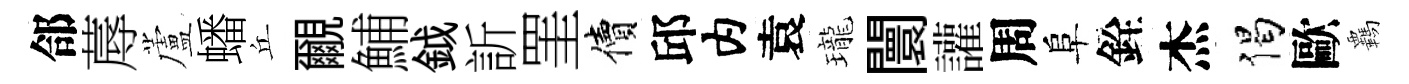
郃蓐蘆蟠丘覼鯆鉞訢罣價邱内袁瓏闤讙周阜銓杰偈歐覊